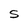
Character: S